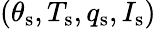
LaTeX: (\theta_{\mathrm{s}},T_{\mathrm{s}},q_{\mathrm{s}},I_{\mathrm{s}})